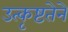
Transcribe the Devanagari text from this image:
उत्कृष्टतेने